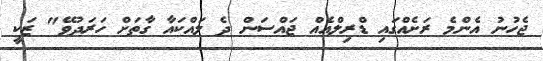
ޖެހުނު އެންމެ ރަށެއްގައި ޑްރިލްއެއް ޖައްސަން ދެ ލައްކައާ ގާތަށް ހަރަދުވޭ" ޒަކީ